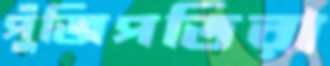
পুঁজিপতিরা